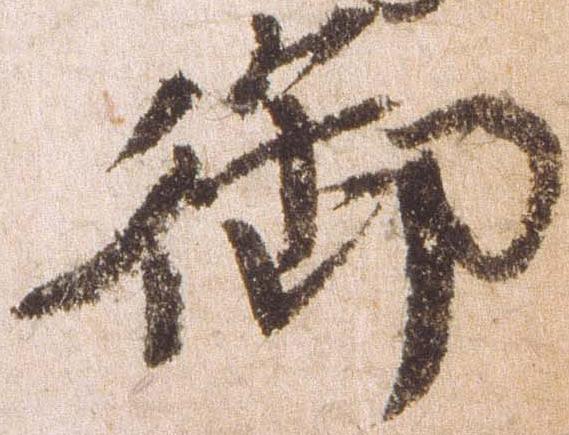
御